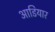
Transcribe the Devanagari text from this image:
आडियार